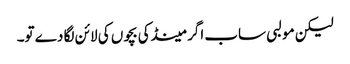
لیکن مولبی ساب اگر مینڈکی بچوں کی لائن لگا دے تو۔